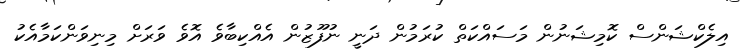
އިލެކްޝަންސް ކޮމިޝަނުން މަސައްކަތް ކުރަމުން ދަނީ ނުފޫޒުން އެއްކިބާވެ އޮވެ ވަރަށް މިނިވަންކަމާއެކު